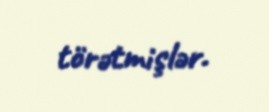
törətmişlər.